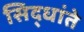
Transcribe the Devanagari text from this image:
सिद्धांते